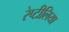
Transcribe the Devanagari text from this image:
रेप्टीलिया